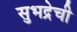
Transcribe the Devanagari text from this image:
सुभद्रेची